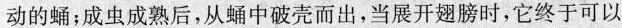
动的蛹；成虫成熟后，从蛹中破壳而出，当展开翅膀时，它终于可以